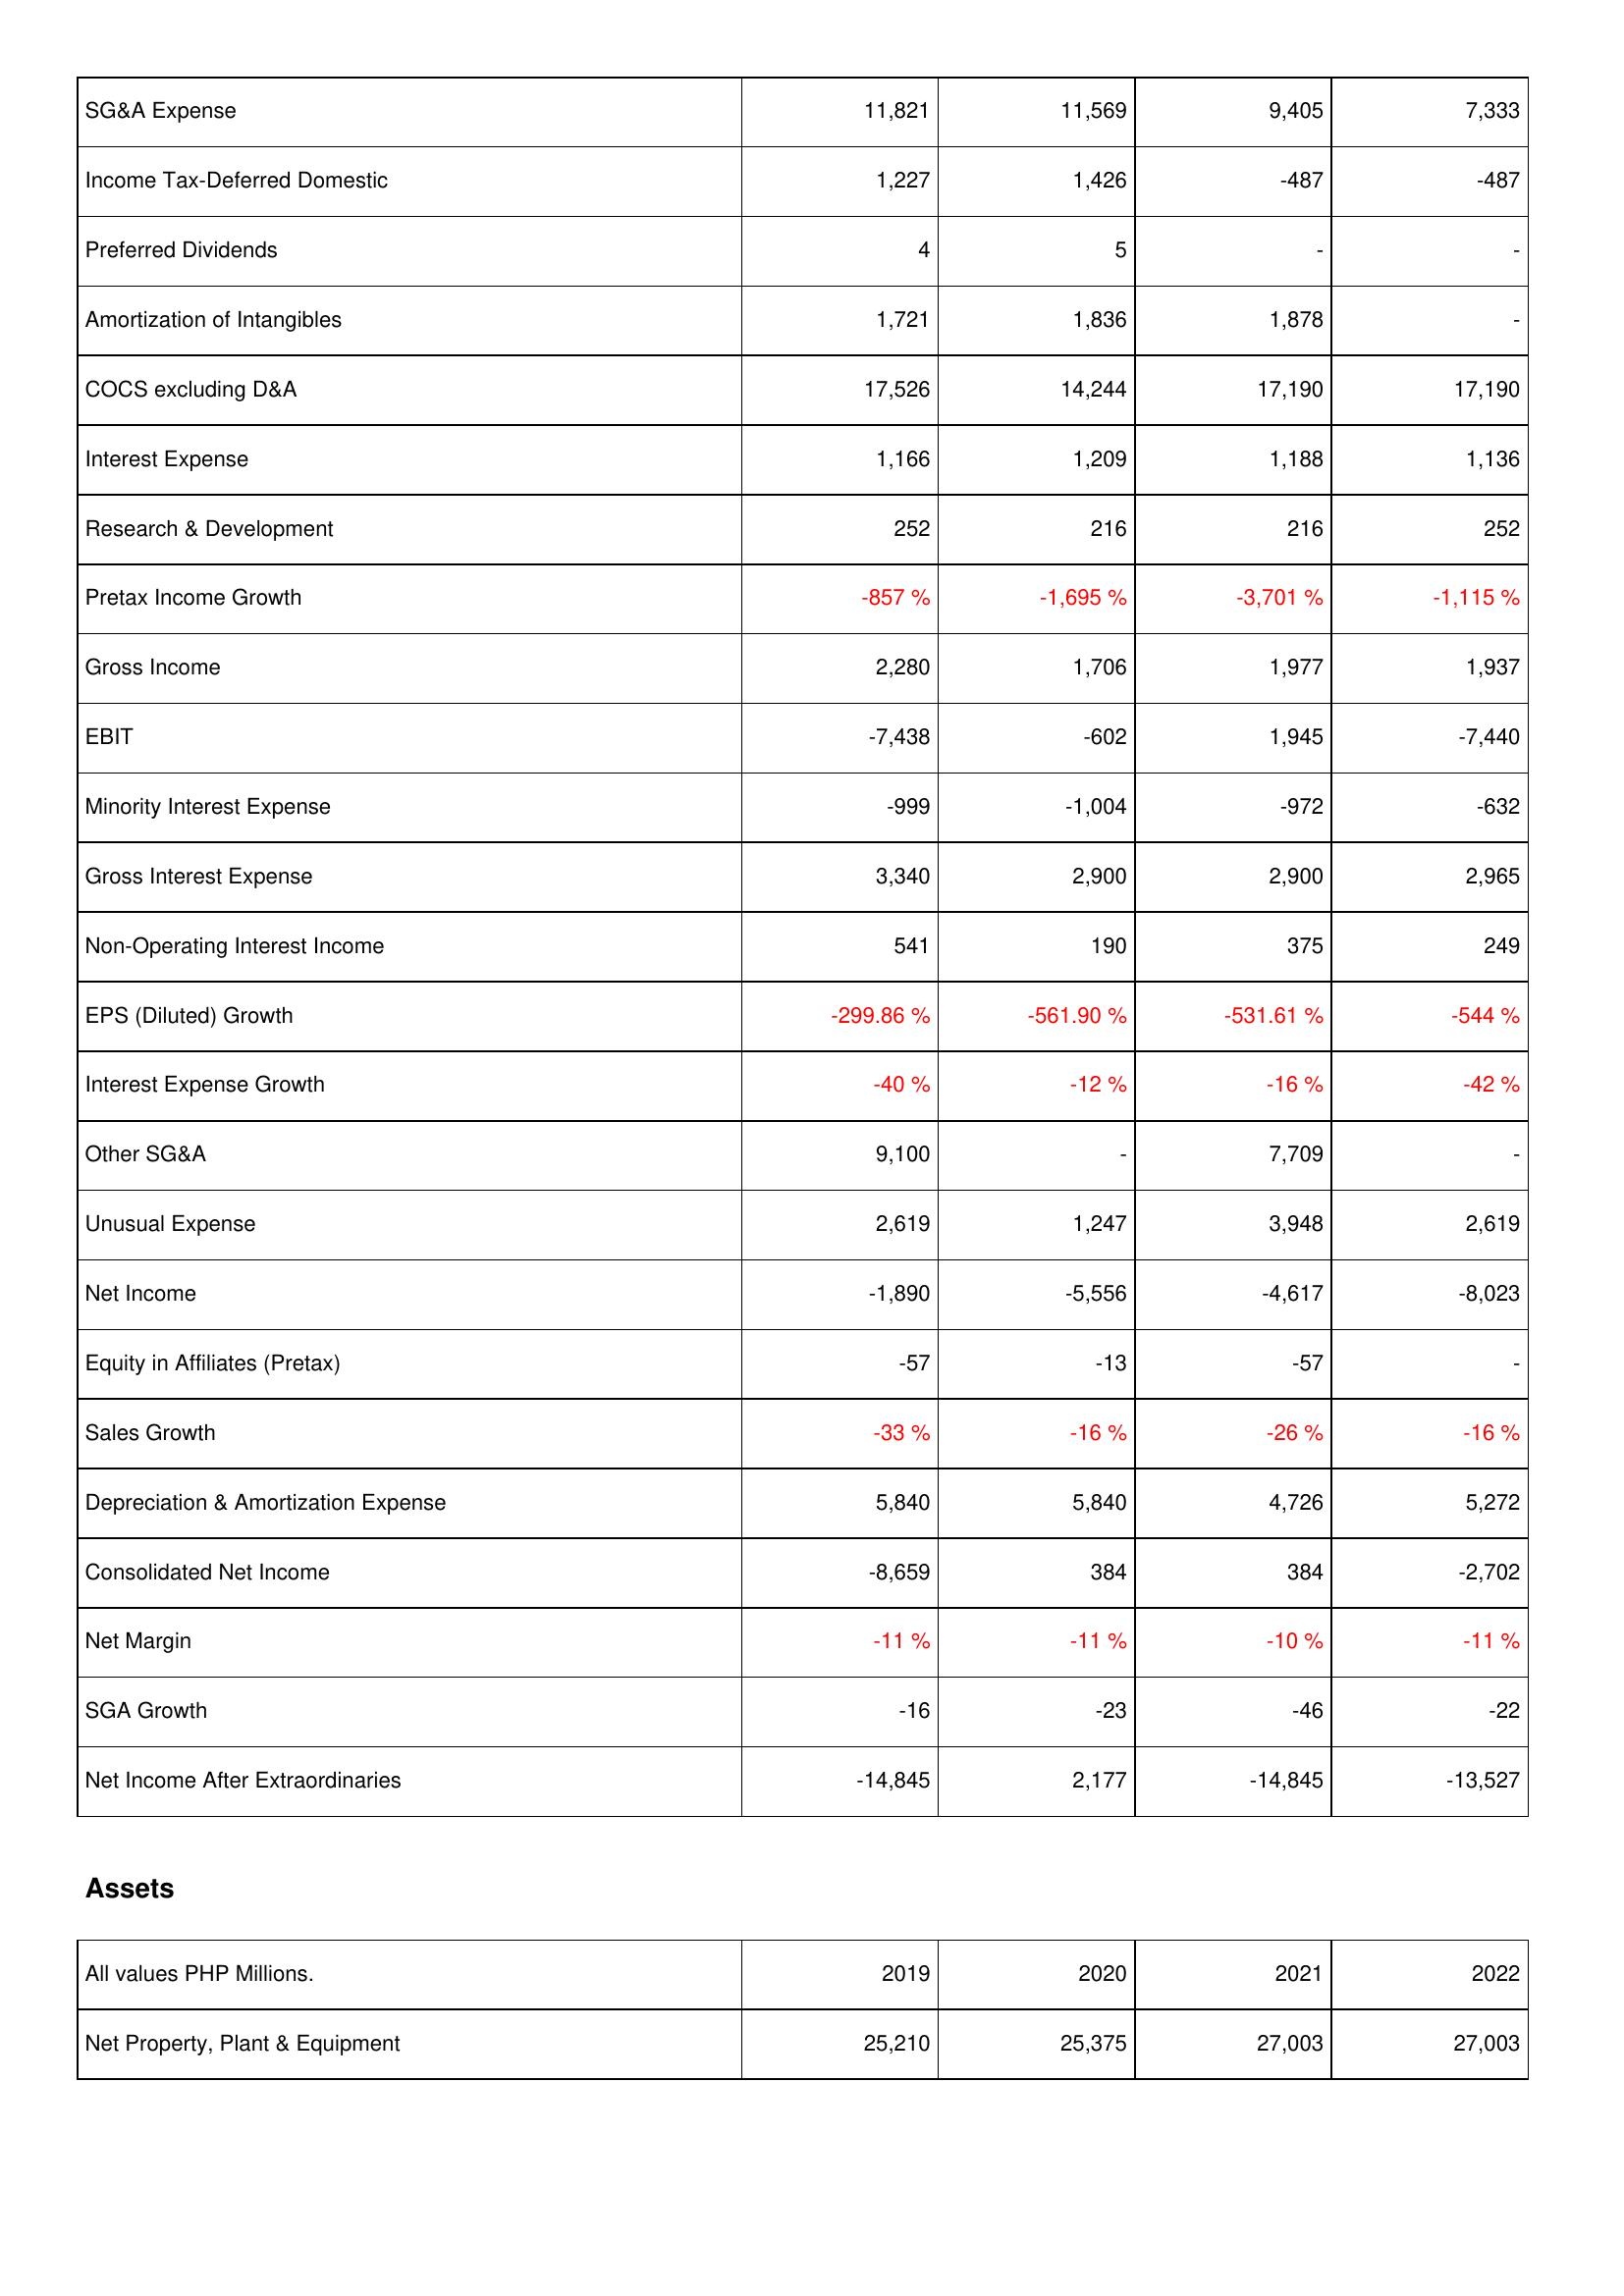
2019: Income Statement: SG&A Expense: 11,821
Income Tax-Deferred Domestic: 1,227
Preferred Dividends: 4
Amortization of Intangibles: 1,721
COCS excluding D&A: 17,526
Interest Expense: 1,166
Research & Development: 252
Pretax Income Growth: -857 %
Gross Income: 2,280
EBIT: -7,438
Minority Interest Expense: -999
Gross Interest Expense: 3,340
Non-Operating Interest Income: 541
EPS (Diluted) Growth: -299.86 %
Interest Expense Growth: -40 %
Other SG&A: 9,100
Unusual Expense: 2,619
Net Income: -1,890
Equity in Affiliates (Pretax): -57
Sales Growth: -33 %
Depreciation & Amortization Expense: 5,840
Consolidated Net Income: -8,659
Net Margin: -11 %
SGA Growth: -16
Net Income After Extraordinaries: -14,845
Assets: Net Property, Plant & Equipment: 25,210
2020: Income Statement: SG&A Expense: 11,569
Income Tax-Deferred Domestic: 1,426
Preferred Dividends: 5
Amortization of Intangibles: 1,836
COCS excluding D&A: 14,244
Interest Expense: 1,209
Research & Development: 216
Pretax Income Growth: -1,695 %
Gross Income: 1,706
EBIT: -602
Minority Interest Expense: -1,004
Gross Interest Expense: 2,900
Non-Operating Interest Income: 190
EPS (Diluted) Growth: -561.90 %
Interest Expense Growth: -12 %
Other SG&A: -
Unusual Expense: 1,247
Net Income: -5,556
Equity in Affiliates (Pretax): -13
Sales Growth: -16 %
Depreciation & Amortization Expense: 5,840
Consolidated Net Income: 384
Net Margin: -11 %
SGA Growth: -23
Net Income After Extraordinaries: 2,177
Assets: Net Property, Plant & Equipment: 25,375
2021: Income Statement: SG&A Expense: 9,405
Income Tax-Deferred Domestic: -487
Preferred Dividends: -
Amortization of Intangibles: 1,878
COCS excluding D&A: 17,190
Interest Expense: 1,188
Research & Development: 216
Pretax Income Growth: -3,701 %
Gross Income: 1,977
EBIT: 1,945
Minority Interest Expense: -972
Gross Interest Expense: 2,900
Non-Operating Interest Income: 375
EPS (Diluted) Growth: -531.61 %
Interest Expense Growth: -16 %
Other SG&A: 7,709
Unusual Expense: 3,948
Net Income: -4,617
Equity in Affiliates (Pretax): -57
Sales Growth: -26 %
Depreciation & Amortization Expense: 4,726
Consolidated Net Income: 384
Net Margin: -10 %
SGA Growth: -46
Net Income After Extraordinaries: -14,845
Assets: Net Property, Plant & Equipment: 27,003
2022: Income Statement: SG&A Expense: 7,333
Income Tax-Deferred Domestic: -487
Preferred Dividends: -
Amortization of Intangibles: -
COCS excluding D&A: 17,190
Interest Expense: 1,136
Research & Development: 252
Pretax Income Growth: -1,115 %
Gross Income: 1,937
EBIT: -7,440
Minority Interest Expense: -632
Gross Interest Expense: 2,965
Non-Operating Interest Income: 249
EPS (Diluted) Growth: -544 %
Interest Expense Growth: -42 %
Other SG&A: -
Unusual Expense: 2,619
Net Income: -8,023
Equity in Affiliates (Pretax): -
Sales Growth: -16 %
Depreciation & Amortization Expense: 5,272
Consolidated Net Income: -2,702
Net Margin: -11 %
SGA Growth: -22
Net Income After Extraordinaries: -13,527
Assets: Net Property, Plant & Equipment: 27,003